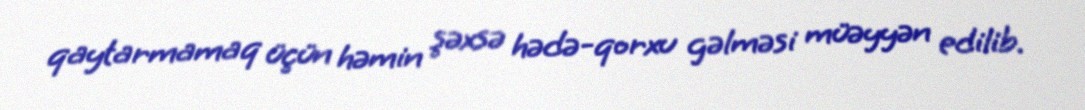
qaytarmamaq üçün həmin şəxsə hədə-qorxu gəlməsi müəyyən edilib.